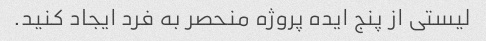
لیستی از پنج ایده پروژه منحصر به فرد ایجاد کنید.